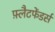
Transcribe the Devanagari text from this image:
फ़्लैटफेंडर्स